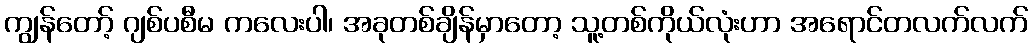
ကျွန်တော့် ဂျစ်ပစီမ ကလေးပါ၊ အခုတစ်ချိန်မှာတော့ သူ့တစ်ကိုယ်လုံးဟာ အရောင်တလက်လက်